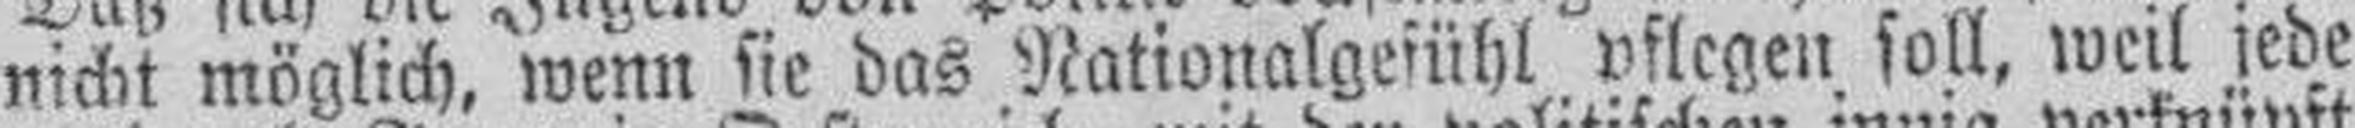
nicht möglich, wenn sie das Nationalgefühl pflegen soll, weil jede